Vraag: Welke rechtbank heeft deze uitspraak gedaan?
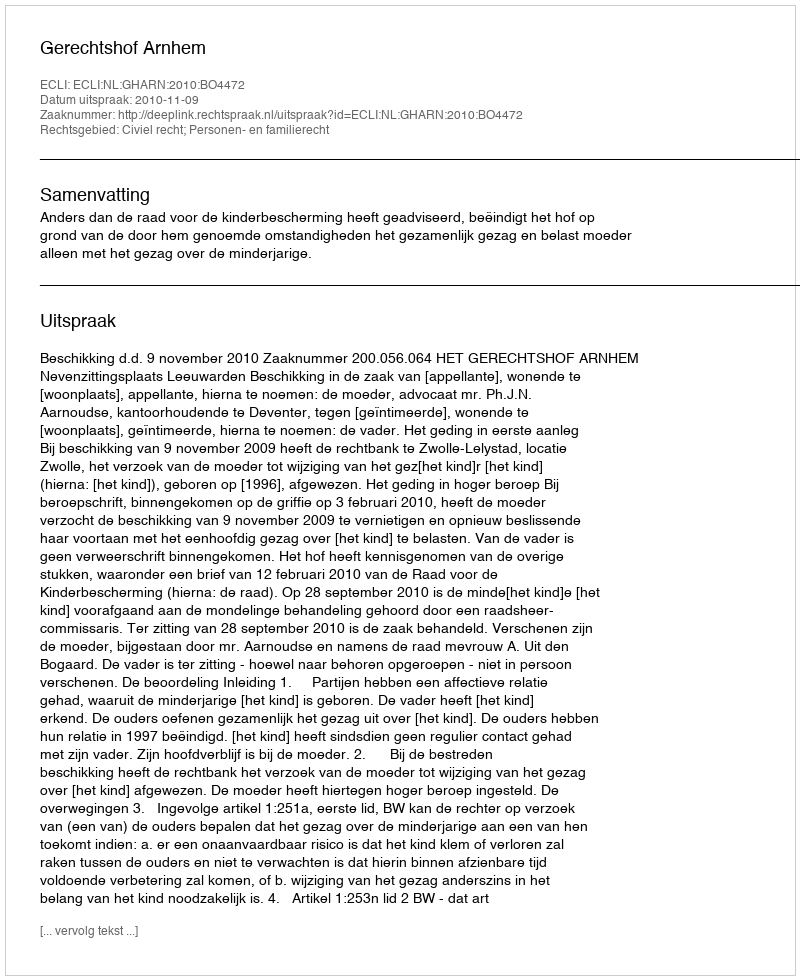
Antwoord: Gerechtshof Arnhem